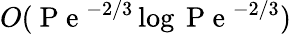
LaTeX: O(\mathrm{~P~e~}^{-2/3}\log\mathrm{~P~e~}^{-2/3})